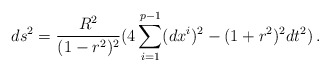
\begin{align*}ds^2 = \frac{R^2}{(1 - r^2)^2}( 4 \sum_{i=1}^{p-1}(dx^i)^2 - (1 + r^2)^2 dt^2)\, .\end{align*}